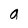
Character: a